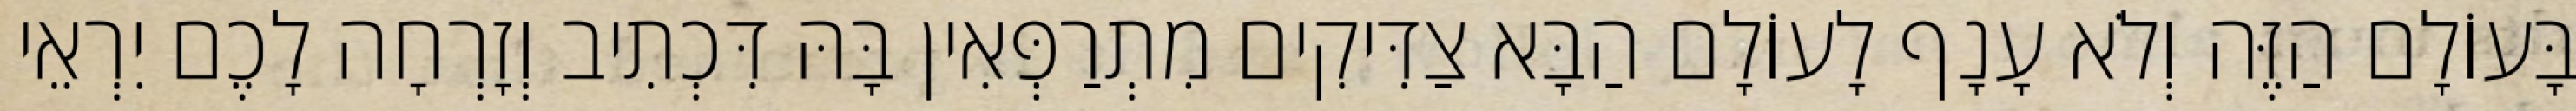
בָּעוֹלָם הַזֶּה וְלֹא עָנָף לָעוֹלָם הַבָּא צַדִּיקִים מִתְרַפְּאִין בָּהּ דִּכְתִיב וְזָרְחָה לָכֶם יִרְאֵי